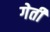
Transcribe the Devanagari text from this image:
गेती